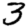
Digit: 3